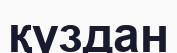
қүздан